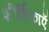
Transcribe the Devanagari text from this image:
शीर्षिकाएँ